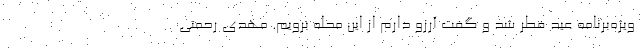
ویژه‌برنامه عید فطر شد و گفت آرزو دارم از این محله برویم. مهدی رحمتی